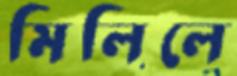
মিলিলে